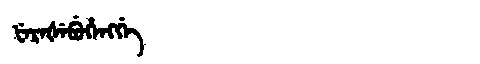
Manchu: ᡶᡝᡵᡝᡧᡝᠪᡠᡥᡝᠩᡤᡝ
Romanization: FEREŠEBUHENGGE